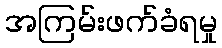
အကြမ်းဖက်ခံရမှု